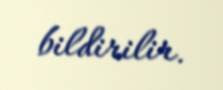
bildirilir.